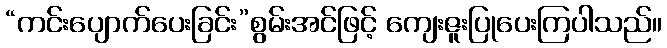
“ကင်းပျောက်ပေးခြင်း”စွမ်းအင်ဖြင့် ကျေးဇူးပြုပေးကြပါသည်။